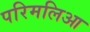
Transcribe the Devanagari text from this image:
परिमलिआ